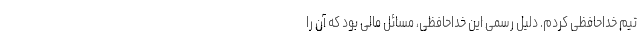
تیم خداحافظی کردم. دلیل رسمی این خداحافظی، مسائل مالی بود که آن را